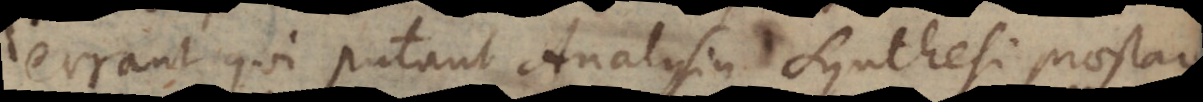
errant qui putant Analysin Synthesi praestare,